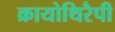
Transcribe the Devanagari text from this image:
क्रायोथिरैपी